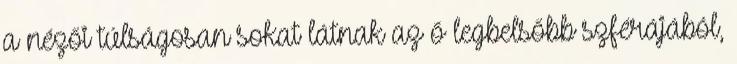
a nézői túlságosan sokat látnak az ő legbelsőbb szférájából,